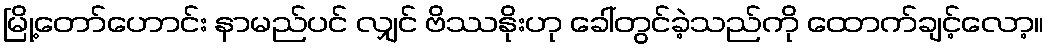
မြို့တော်ဟောင်း နာမည်ပင် လျှင် ဗိဿနိုးဟု ခေါ်တွင်ခဲ့သည်ကို ထောက်ချင့်လော့။